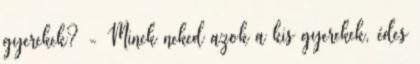
gyerekek? - Minek neked azok a kis gyerekek, édes